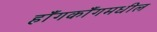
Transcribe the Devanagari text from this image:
हाँगकाँगमधील